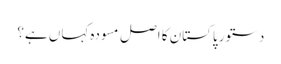
دستورِ پاکستان کا اصل مسودہ کہاں ہے؟